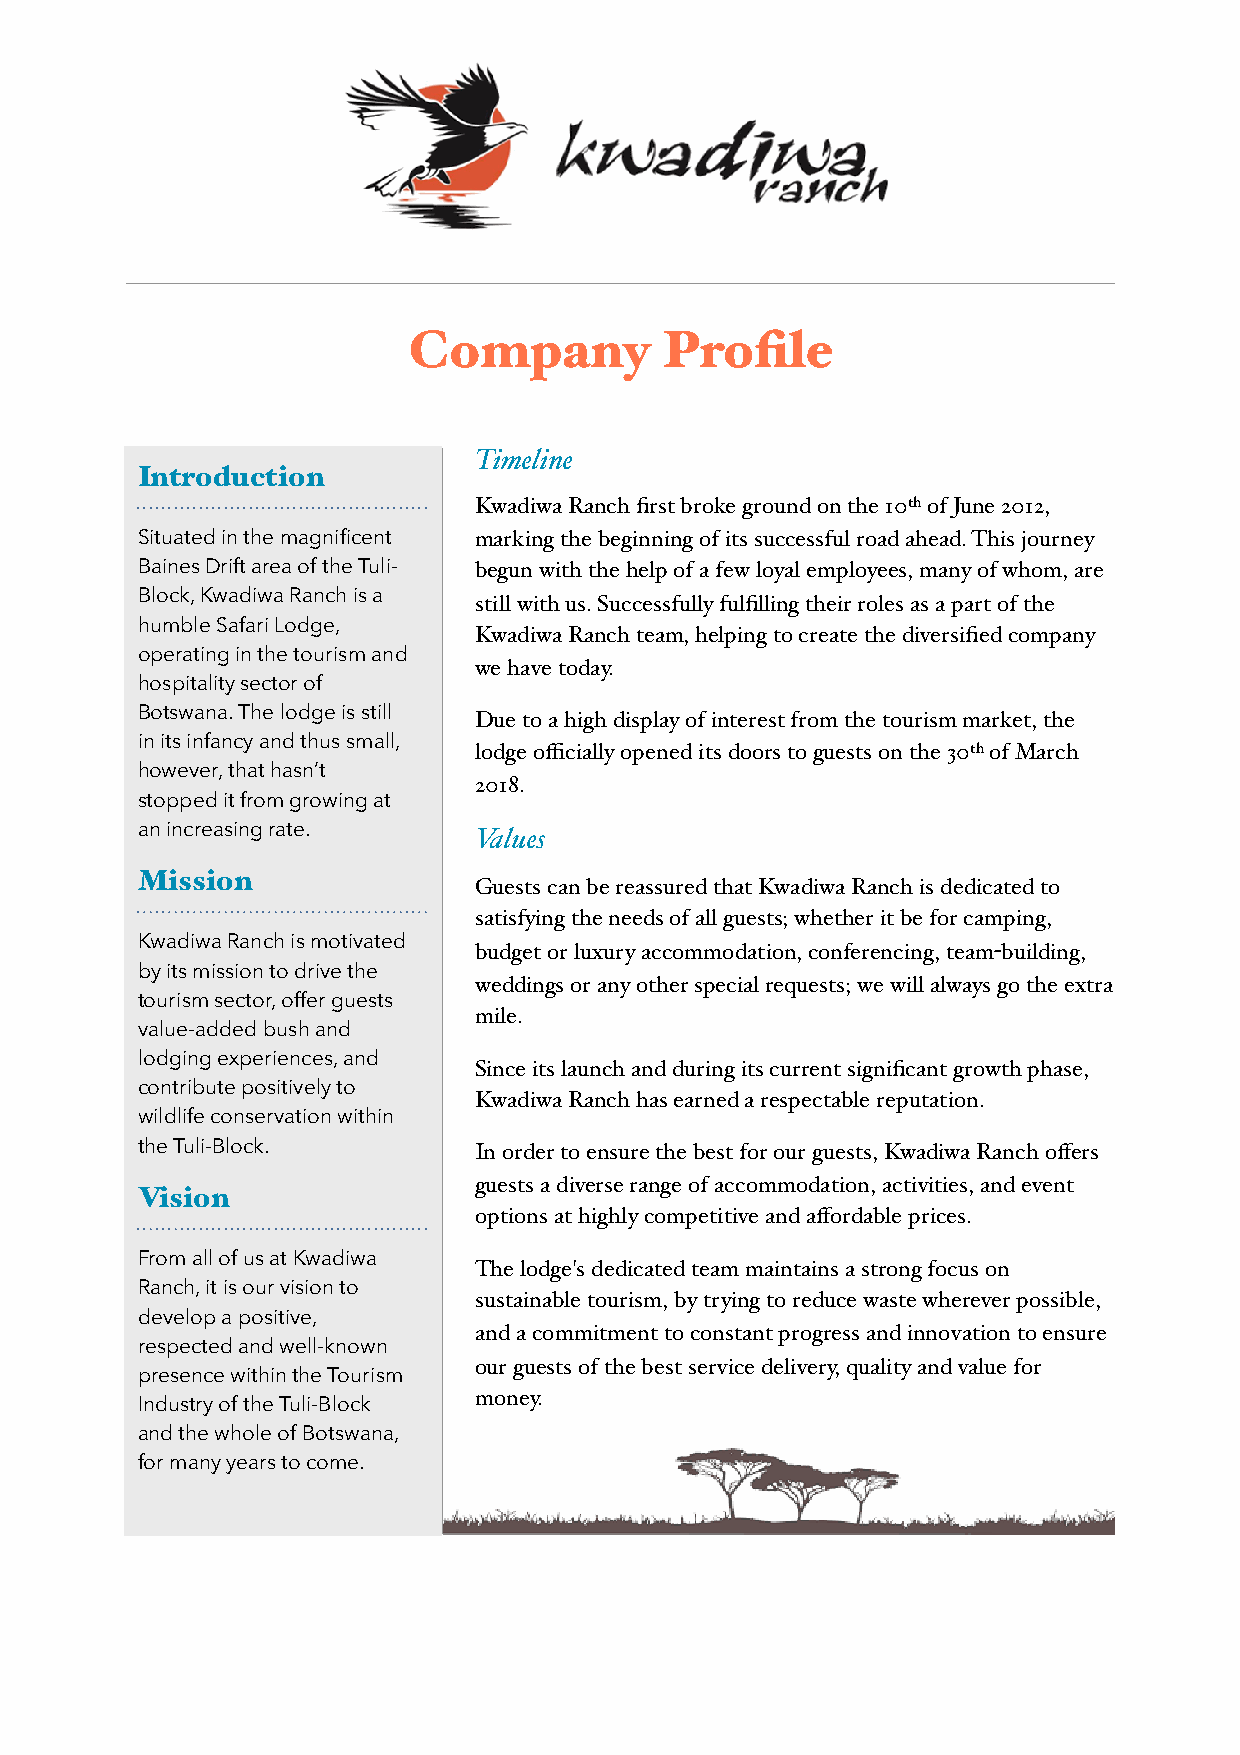
Company          Profile
 Timeline
 Introduction
 Kwadiwa Ranch first broke ground on the 10th of June 2012,
 Situated in the magnificent marking the beginning of its successful road ahead. This journey
 Baines Drift area of the Tuli- begun with the help of a few loyal employees, many of whom, are
 Block, Kwadiwa Ranch is a still with us. Successfully fulfilling their roles as a part of the
 humble Safari Lodge,
 Kwadiwa Ranch team, helping to create the diversified company
 operating in the tourism and
 we have today.
 hospitality sector of
 Botswana. The lodge is still Due to a high display of interest from the tourism market, the
 in its infancy and thus small,
 lodge officially opened its doors to guests on the 30th of March
 however, that hasn’t
 2018.
 stopped it from growing at
 an increasing rate.   Values
 Mission
 Guests can be reassured that Kwadiwa Ranch is dedicated to
 satisfying the needs of all guests; whether it be for camping,
 Kwadiwa Ranch is motivated
 budget or luxury accommodation, conferencing, team-building,
 by its mission to drive the
 weddings or any other special requests; we will always go the extra
 tourism sector, offer guests
 mile.
 value-added bush and
 lodging experiences, and
 Since its launch and during its current significant growth phase,
 contribute positively to
 Kwadiwa Ranch has earned a respectable reputation.
 wildlife conservation within
 the Tuli-Block.       In order to ensure the best for our guests, Kwadiwa Ranch offers
 guests a diverse range of accommodation, activities, and event
 Vision
 options at highly competitive and affordable prices.
 From all of us at Kwadiwa
 The lodge's dedicated team maintains a strong focus on
 Ranch, it is our vision to
 sustainable tourism, by trying to reduce waste wherever possible,
 develop a positive,
 and a commitment to constant progress and innovation to ensure
 respected and well-known
 our guests of the best service delivery, quality and value for
 presence within the Tourism
 money.
 Industry of the Tuli-Block
 and the whole of Botswana,
 for many years to come.